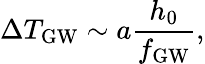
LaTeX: \Delta T_{\mathrm{GW}}\sim a\frac{h_{0}}{f_{\mathrm{GW}}},